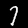
Label: 7